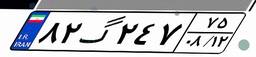
۸۲گ۲۴۷۷۵